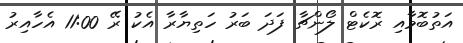
އަތުބޮމާއި ރޮކެޓް ލޯންޗާ ފަދަ ބަރު ހަތިޔާރާ އެކު ރޭ 11:00 އެހާއިރު